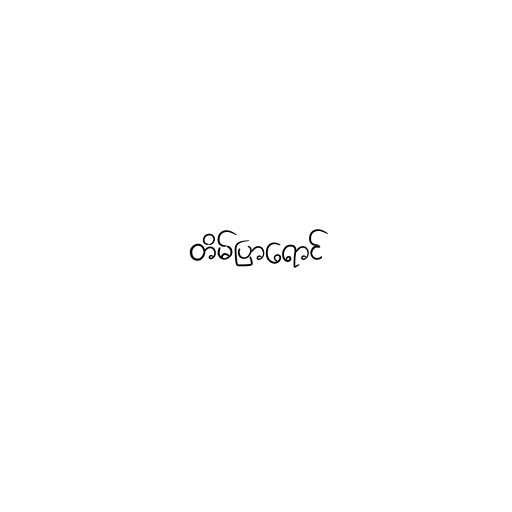
တိမ်ပြာရောင်